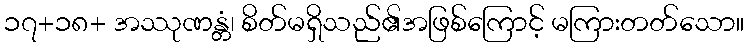
၁၇+၁၈+ အဿုဏန္တံ၊ စိတ်မရှိသည်၏အဖြစ်ကြောင့် မကြားတတ်သော။